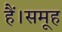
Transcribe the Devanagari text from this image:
हैं।समूह